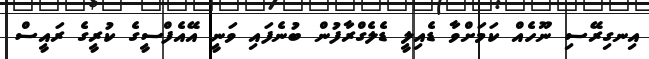
އިނގިރޭސި ނޫހެއް ކަމަށްވާ ޑެއިލީ ޑެލެގްރާފުން ބުނެފައި ވަނީ އޭއެފްސީގެ ކުރީގެ ރައީސް